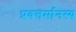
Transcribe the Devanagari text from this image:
प्रवत्तर्मानस्य